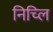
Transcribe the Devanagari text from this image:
निच्लि